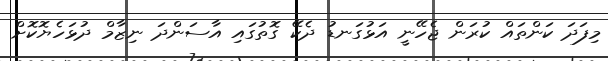
މިފަދަ ކަންތައް ކުރަން ޖެހޭނީ އަޅުގަނޑު ދެކޭ ގޮތުގައި އާސަންދަ ނިޒާމް ދުޅަހެޔޮކޮށް